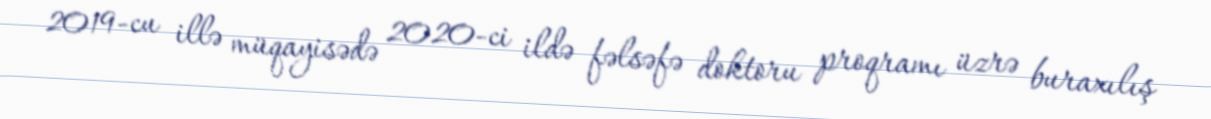
2019-cu illə müqayisədə 2020-ci ildə fəlsəfə doktoru proqramı üzrə buraxılış